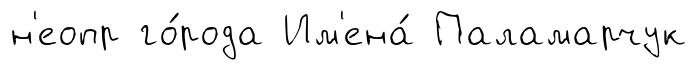
н'еопр го́рода Им'ена́ Паламарчук